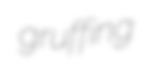
gruffing